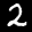
Digit: 2